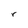
Character: r